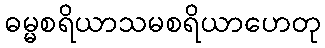
ဓမ္မစရိယာသမစရိယာဟေတု